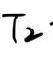
$T_2$